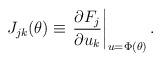
LaTeX: \begin{align*}J_{jk}(\theta)\equiv \left . \frac{\partial F_j}{\partial u_k}\right |_{u=\Phi(\theta)}.\end{align*}